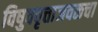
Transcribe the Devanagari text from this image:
विषुववृत्ताजवळचा